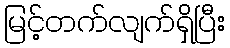
မြင့်တက်လျက်ရှိပြီး